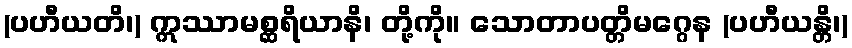
(ပဟီယတိ၊) ဣဿာမစ္ဆရိယာနိ၊ တို့ကို။ သောတာပတ္တိမဂ္ဂေန (ပဟီယန္တိ၊)